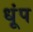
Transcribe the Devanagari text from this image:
धूंप